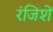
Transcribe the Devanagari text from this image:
रंजिशें